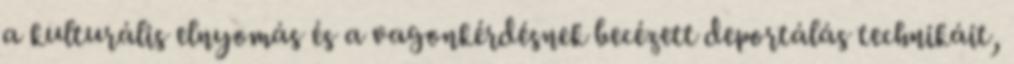
a kulturális elnyomás és a vagonkérdésnek becézett deportálás technikáit,